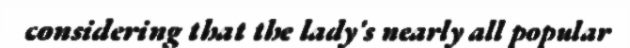
considering that the lady's nearly all popular